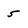
Character: 5